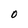
Character: O